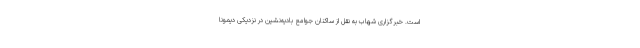
است. خبرگزاری شهاب به نقل از ساکنان جوامع بادیه‌نشین در نزدیکی دیمونا